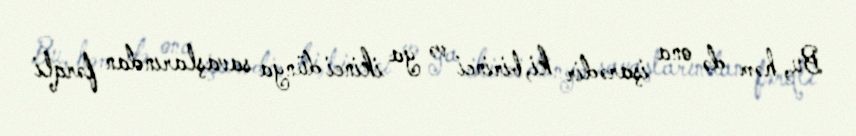
Bu, həm də ona işarədir ki, birinci və ya ikinci dünya savaşlarından fərqli